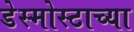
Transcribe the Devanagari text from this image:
डेस्मोस्टाच्या